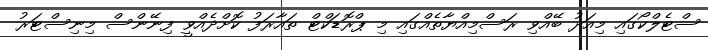
ސްޓެލްކޯގައި މިއަދު ބޭއްވި ރަސްމިއްޔާތެއްގައި މި ޕްރޮޑަކްޓް ތައާރަފު ކޮށްދެއްވީ ފިނޭންސް މިނިސްޓަރު